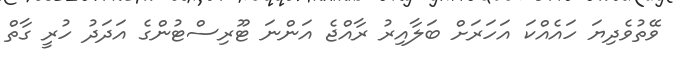
ވޭތުވެދިޔަ ހައެއްކަ އަހަރަށް ބަލާއިރު ރާއްޖެ އަންނަ ޓޫރިސްޓުންގެ އަދަދު ހުރީ ގާތް